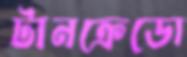
টানক্রেডো